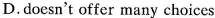
D.doesn't offer many choices